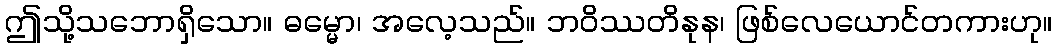
ဤသို့သဘောရှိသော။ ဓမ္မော၊ အလေ့သည်။ ဘဝိဿတိနုန၊ ဖြစ်လေယောင်တကားဟု။